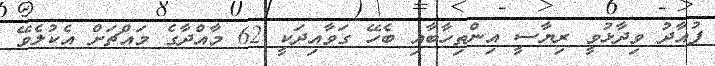
ފުއާދު ވިދާޅުވީ ރިޔާސީ އިންތިހާބާއި ބެހޭ ގަވާއިދަކީ 62 މާއްދާގެ މައްޗަށް އެކުލެވޭ